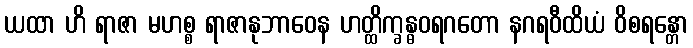
ယထာ ဟိ ရာဇာ မဟစ္စ ရာဇာနုဘာဝေန ဟတ္ထိက္ခန္ဓဝရဂတော နဂရဝီထိယံ ဝိစရန္တော